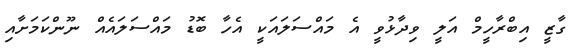
ގާޒީ އިބްރާހީމް އަލީ ވިދާޅުވީ އެ މައްސަލައަކީ އެހާ ބޮޑު މައްސަލައެއް ނޫންކަމަށާއި